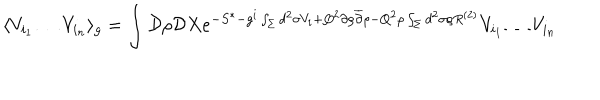
\langle V _ { i _ { 1 } } \dots V _ { i _ { n } } \rangle _ { g } = \int { \cal D } \rho { \cal D } X e ^ { - S ^ { * } - g ^ { i } \int _ { \Sigma } d ^ { 2 } \sigma V _ { i } + Q ^ { 2 } \partial \rho { \overline { { \partial } } } \rho - Q ^ { 2 } \rho \int _ { \Sigma } d ^ { 2 } \sigma \rho R ^ { ( 2 ) } } V _ { i _ { 1 } } \dots V _ { i _ { n } }